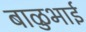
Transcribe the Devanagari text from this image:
बाळुभाई